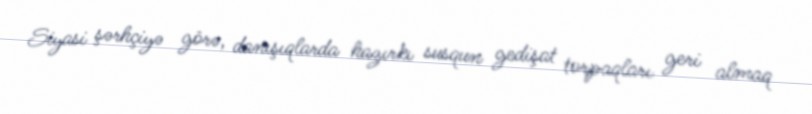
Siyasi şərhçiyə görə, danışıqlarda hazırkı susqun gedişat torpaqları geri almaq